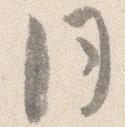
同